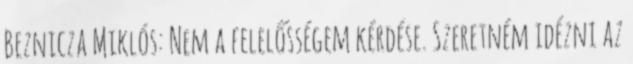
Beznicza Miklós: Nem a felelősségem kérdése. Szeretném idézni az